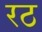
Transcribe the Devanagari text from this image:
रठ